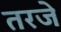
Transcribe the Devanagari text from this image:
तरजे